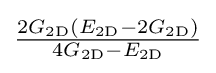
{\tfrac {2G_{\mathrm {2D} }(E_{\mathrm {2D} }-2G_{\mathrm {2D} })}{4G_{\mathrm {2D} }-E_{\mathrm {2D} }}}